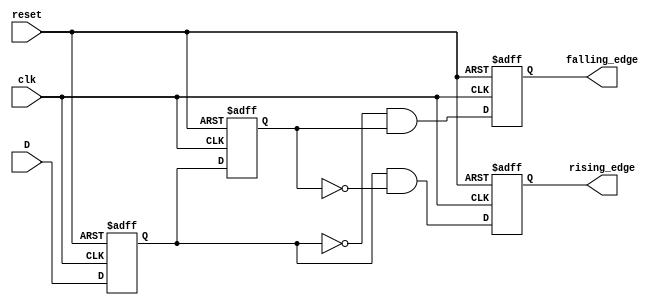
module glitch_free_edge_detector (
    input wire clk,           // Clock signal
    input wire reset,         // Asynchronous reset signal
    input wire D,            // Input signal to be monitored
    output reg rising_edge,   // Output signal for rising edge detection
    output reg falling_edge   // Output signal for falling edge detection
);

    // Memory blocks to store previous and current states
    reg previous_state;       // Previous state of the input signal
    reg current_state;        // Current state of the input signal

    // Sequential logic for edge detection
    always @(posedge clk or posedge reset) begin
        if (reset) begin
            previous_state <= 1'b0; // Initialize previous state
            current_state <= 1'b0;  // Initialize current state
            rising_edge <= 1'b0;     // Initialize rising edge output
            falling_edge <= 1'b0;    // Initialize falling edge output
        end else begin
            // Sample the current state of the input signal
            current_state <= D;

            // Edge detection logic
            rising_edge <= (current_state && !previous_state); // Rising edge detected
            falling_edge <= (!current_state && previous_state); // Falling edge detected

            // Update previous state for the next clock cycle
            previous_state <= current_state;
        end
    end

endmodule